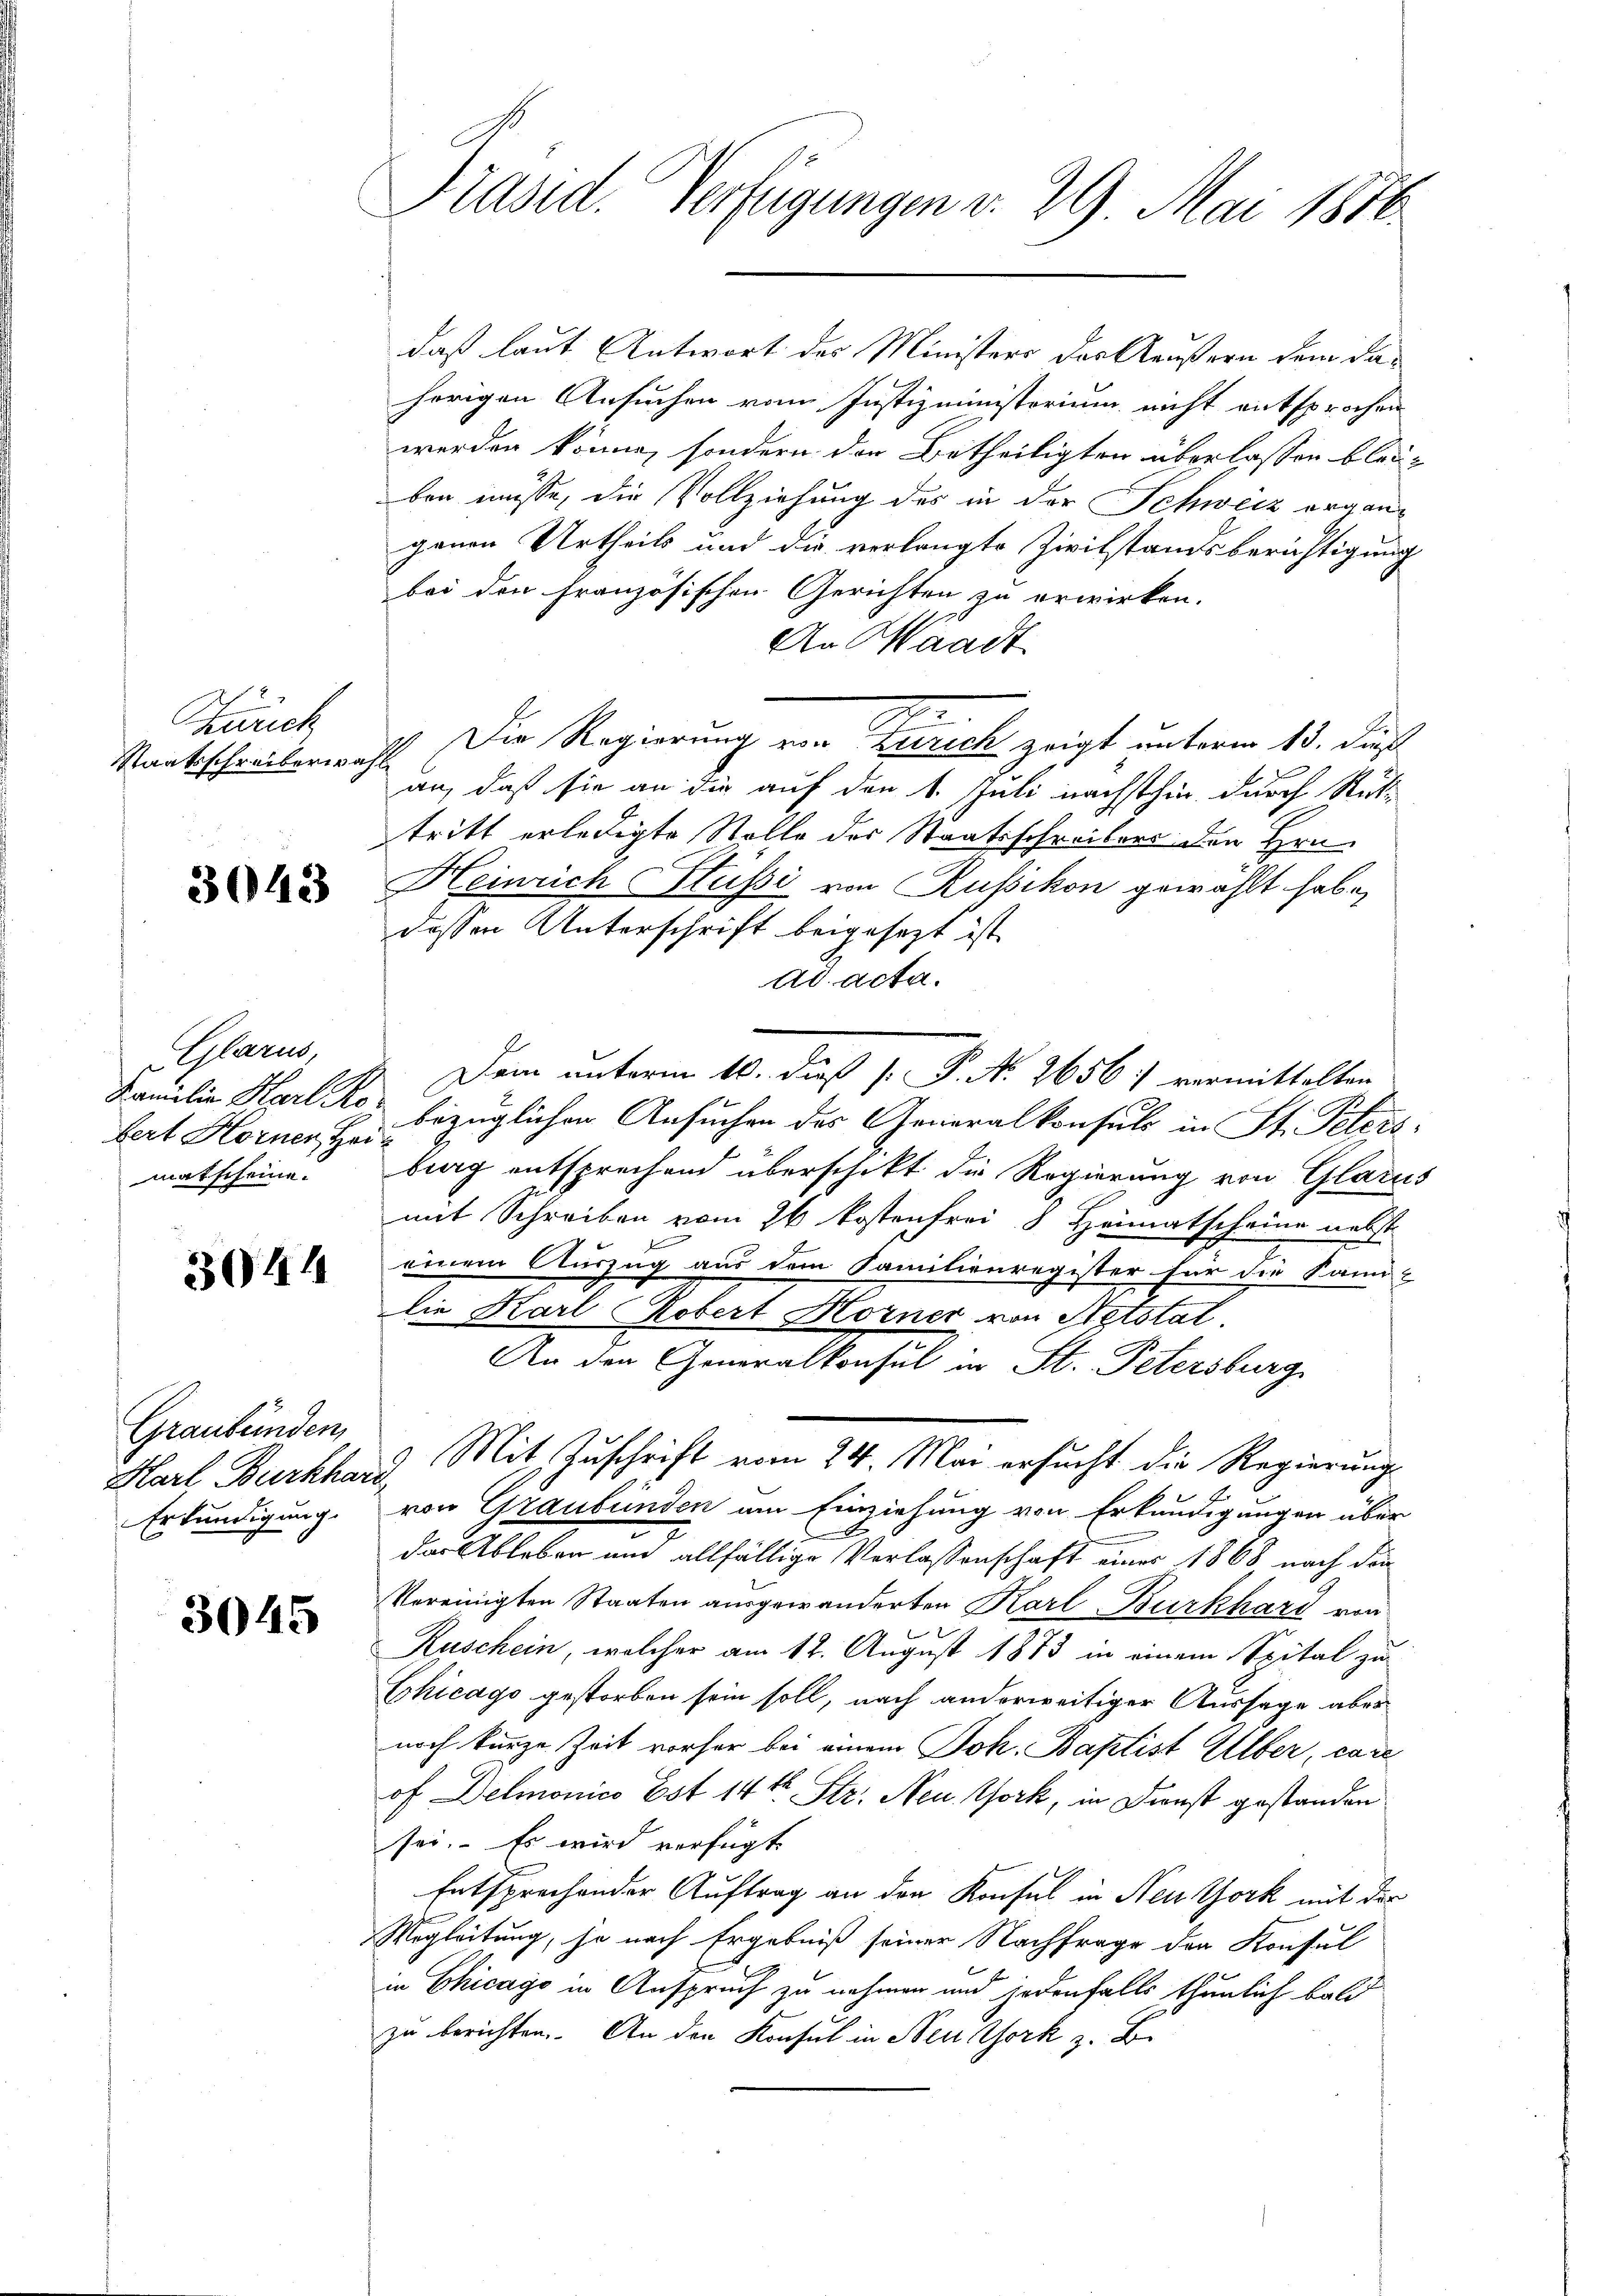
Zürich
Staatsschreiberi

3043

Glarus,
bert Horner Hei
matscheine.

3044

Graubünden,
Erkundigung.

3045

Präsid. Verfügungen v. 29. Mai 1816.

daß laut Antwort des Ministers der Aeußern dem dahörigen Ansuchen vom Justizministerium nicht entsprochen
werden könne, sondern der Betheiligten überlassen blei-
ben müsse, die Vollziehung des in der Schweiz organgenen Urtheils und die verlangte Zivilstandsberichtigung
bei den französischen Gerichten zu erwirken.
An Waadt
G
Die Regierung von Zürich zeigt unterm 13. dieß
asch
an, daß sie an die auf den 1. Juli nächsthin durch Rüt
tritt erledigte Stelle der Staatsschreibens den Hrn.
Heinrich Hussi von Russikon gewählt habe,
dessen Unterschrift beigesezt ist
ad acta.
Dem unterm 10. dieß P. P. No. 2656. 7 vermittelten
Familie Karl Ro bezüglichen Ansuchen des Generalkonsuls in St. Peters
berg entsprechend überschikt die Regierung von Glarus
mit Schreiben vom 26 kostenfrei 8 Heimatscheine nebst
einem Auszug aus dem Familienregister für die Sani-
Die Karl Robert Horner von Netotal.
An den Generalkonsul in St. Petersburg
Karl Burkhard, Mit Zuschrift vom 24. Mai ersucht die Regierung
von Graubünden am Einziehung von Erkundigungen über
7
der Ableben und allfällige Verlassenschaft eines 1868 nach die
Vereinigten Staaten ausgewanderten Karl Burkhard von
Ruschein, welcher am 12. August 1873 in einem Spital zu
Chicago gestorben sein soll, nach anderweitiger Aussage aber
noch kurze Zeit vorher bei einem Joh. Baptist Alber, care
of Delmonico Est 14 te Str. Neu York, in Dienst gestanden
sei. Es wird verfügt
Entsprechender Auftrag an den Konsul in Neuthork mit der
Wegleitung, je nach Ergebniß seiner Nachfrage der Konsul
in Chicago in Anspruch zu nehmen und jedenfalls thunlich bald
zu berichten. An den Konsul in New York z. B.